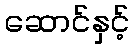
ဆောင်နှင့်